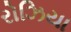
રોઝિયા